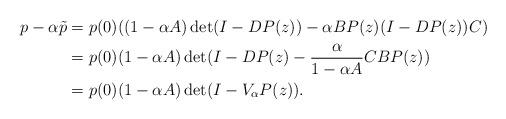
LaTeX: \begin{align*}\begin{aligned}p-\alpha \tilde{p} &= p(0)((1-\alpha A)\det(I-DP(z)) - \alpha BP(z) (I-DP(z))C)\\&= p(0)(1-\alpha A)\det( I-DP(z) -\frac{\alpha}{1-\alpha A} CB P(z))\\&= p(0)(1-\alpha A) \det( I - V_{\alpha} P(z)).\end{aligned}\end{align*}